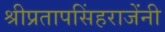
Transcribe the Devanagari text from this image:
श्रीप्रतापसिंहराजेंनी